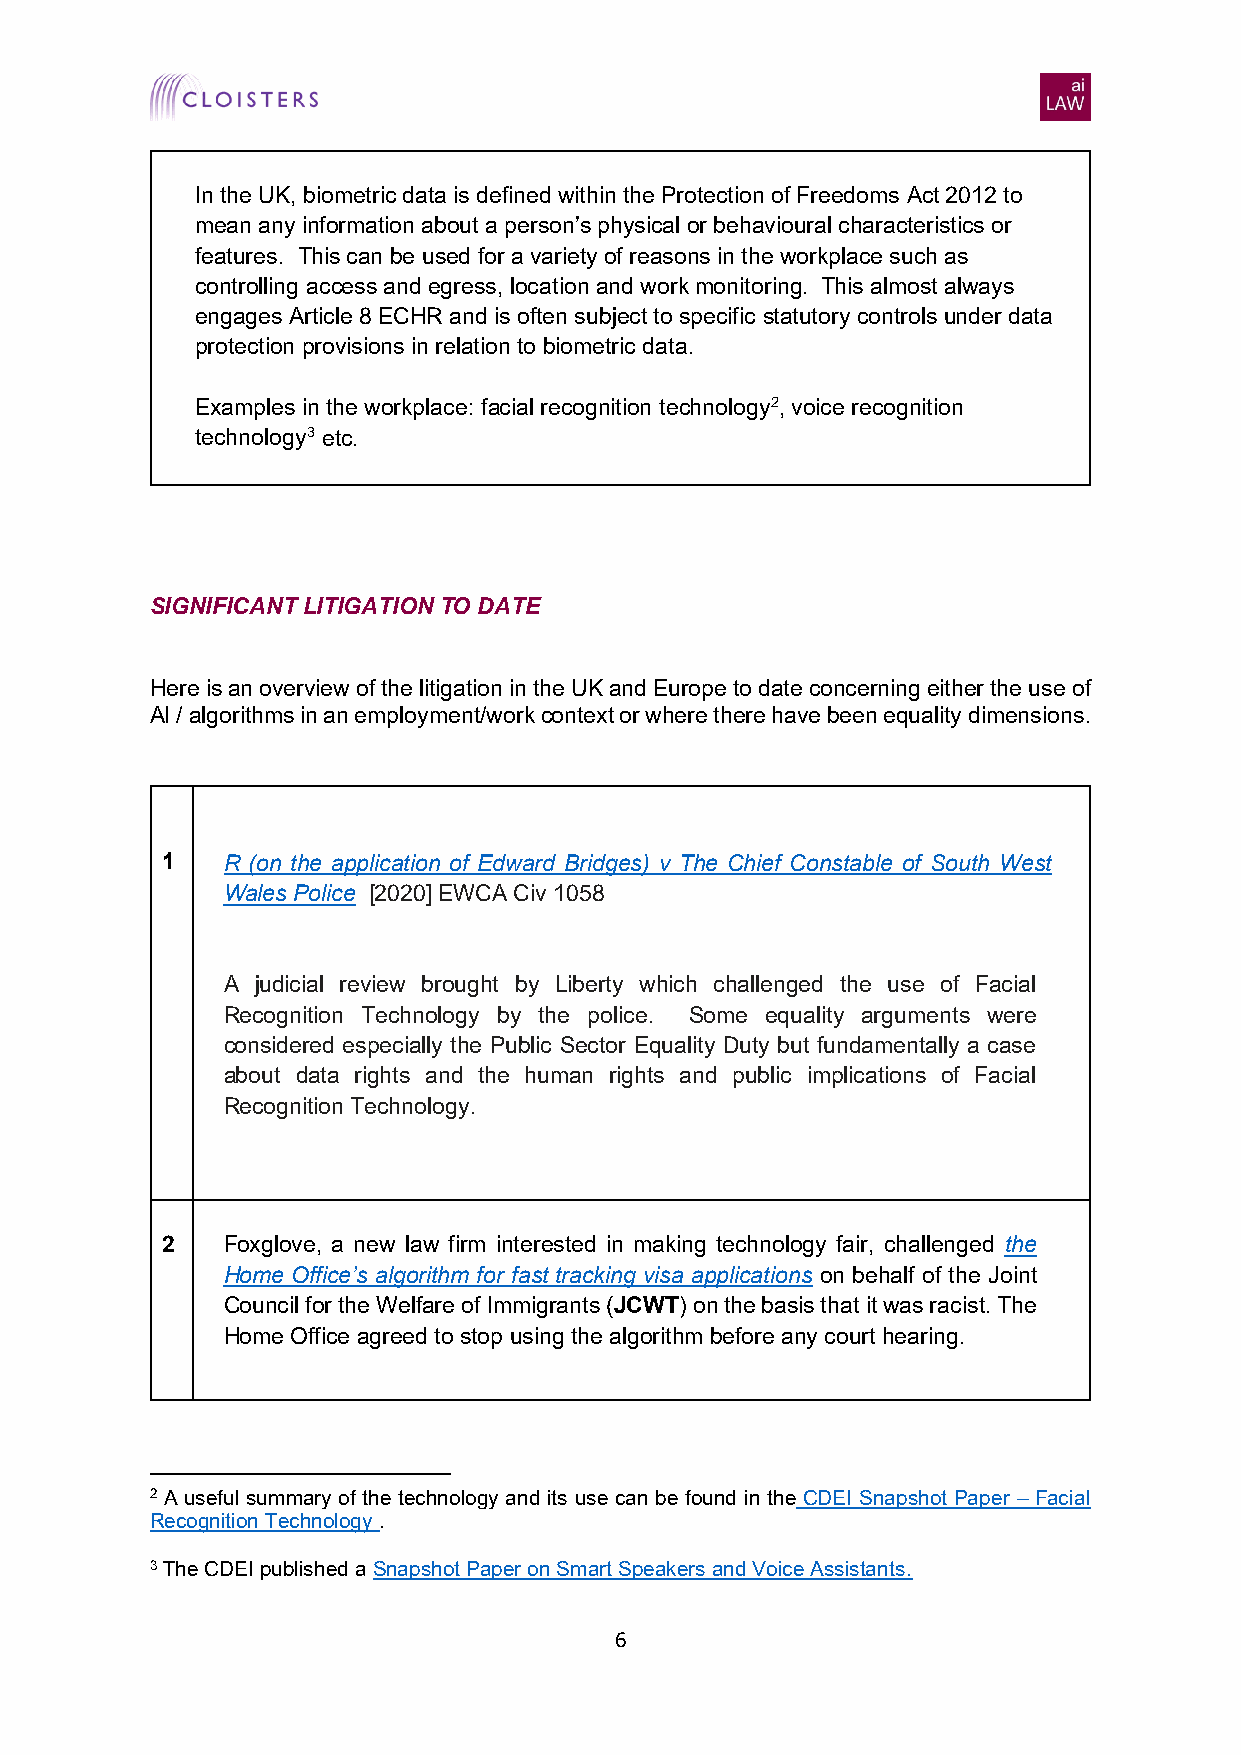
In the UK, biometric data is defined within the Protection of Freedoms Act 2012 to
 mean any information about a person’s physical or behavioural characteristics or
 features. This can be used for a variety of reasons in the workplace such as
 controlling access and egress, location and work monitoring. This almost always
 engages Article 8 ECHR and is often subject to specific statutory controls under data
 protection provisions in relation to biometric data.
 Examples in the workplace: facial recognition technology2, voice recognition
 technology3 etc.
 SIGNIFICANT LITIGATION TO DATE
 Here is an overview of the litigation in the UK and Europe to date concerning either the use of
 AI / algorithms in an employment/work context or where there have been equality dimensions.
 1   R (on the application of Edward Bridges) v The Chief Constable of South West
 Wales Police [2020] EWCA Civ 1058
 A judicial review brought by Liberty which challenged the use of Facial
 Recognition Technology by the police. Some equality arguments were
 considered especially the Public Sector Equality Duty but fundamentally a case
 about data rights and the human rights and public implications of Facial
 Recognition Technology.
 2   Foxglove, a new law firm interested in making technology fair, challenged the
 Home Office’s algorithm for fast tracking visa applications on behalf of the Joint
 Council for the Welfare of Immigrants (JCWT) on the basis that it was racist. The
 Home Office agreed to stop using the algorithm before any court hearing.
 2 A useful summary of the technology and its use can be found in the CDEI Snapshot Paper – Facial
 Recognition Technology .
 3 The CDEI published a Snapshot Paper on Smart Speakers and Voice Assistants.
 6